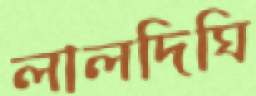
লালদিঘি